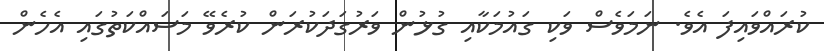
ކުރައްވައިފަ އެވެ. ނަމަވެސް ވަކި ގައުމަކާއި ގުޅުން ވަރުގަދަކުރަން ކުރެވޭ މަސައްކަތުގައި އެހެން